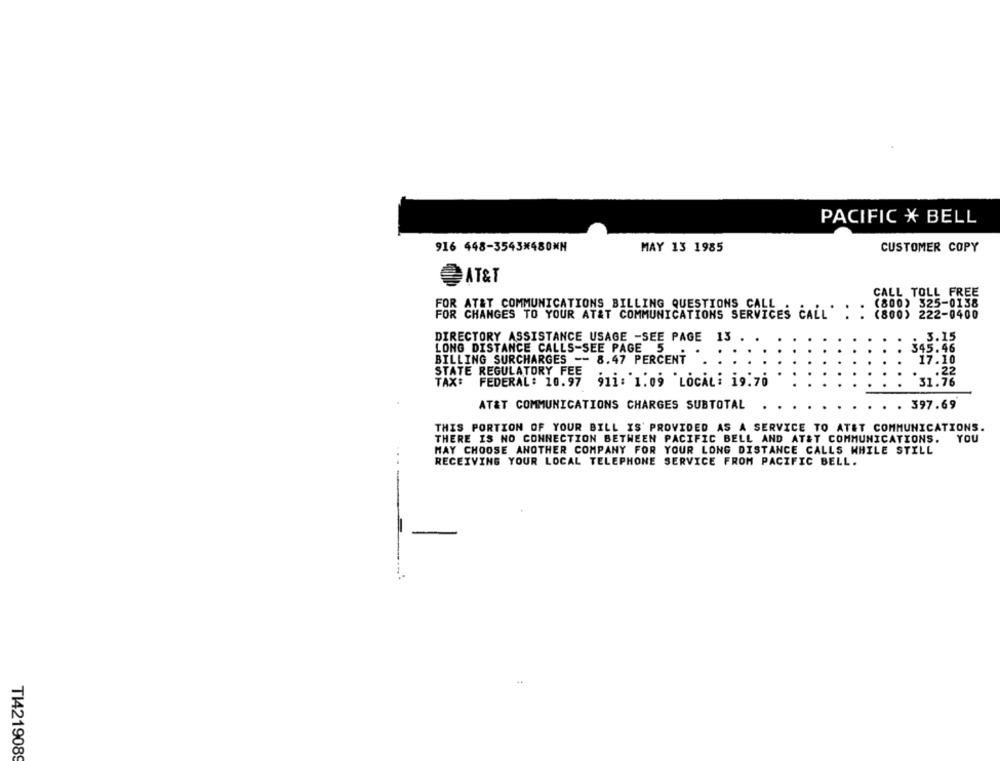
PACIFIC * BELL
916 448-3543₭480MM
MAY 13 1985
CUSTOMER COPY
AT&T
CALL TOLL FREE
FOR AT&T COMMUNICATIONS BILLING QUESTIONS CALL
(800) 325-0138
FOR CHANGES TO YOUR AT&T COMMUNICATIONS SERVICES CALL . . (800) 222-0400
. 3.15
DIRECTORY ASSISTANCE USAGE -SEE PAGE 13
LONG DISTANCE CALLS-SEE PAGE
5
345.46
BILLING SURCHARGES -- 8.47 PERCENT
17.10
STATE REGULATORY FEE
TAX:
FEDERAL: 10.97
91i: 1.09 LOCALi 19.70
31.76
AT&T COMMUNICATIONS CHARGES SUBTOTAL
. . 397.69
THIS PORTION OF YOUR BILL IS' PROVIDED AS A SERVICE TO ATET COMMUNICATIONS.
THERE IS NO CONNECTION BETWEEN PACIFIC BELL AND AT&T COMMUNICATIONS.
YOU
MAY CHOOSE ANOTHER COMPANY FOR YOUR LONG DISTANCE CALLS WHILE STILL
RECEIVING YOUR LOCAL TELEPHONE SERVICE FROM PACIFIC BELL.
......-
TI4219089